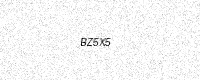
Text: BZ5X5